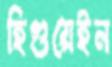
হিগুয়েইন